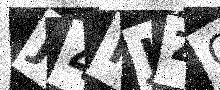
Text: J4FJZG